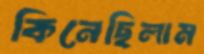
কিনেছিলাম